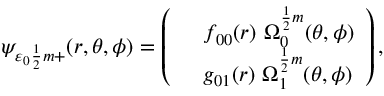
\psi _ { \varepsilon _ { 0 } { \frac { 1 } { 2 } } m + } ( r , \theta , \phi ) = \left( \begin{array} { l l } { { } } & { { f _ { 0 0 } ( r ) \ \Omega _ { 0 } ^ { { \frac { 1 } { 2 } } m } ( \theta , \phi ) } } \\ { { } } & { { g _ { 0 1 } ( r ) \ \Omega _ { 1 } ^ { { \frac { 1 } { 2 } } m } ( \theta , \phi ) } } \end{array} \right) ,